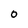
Character: 0